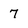
Character: 7